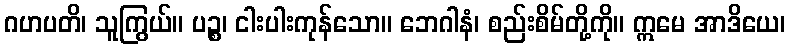
ဂဟပတိ၊ သူကြွယ်။ ပဉ္စ၊ ငါးပါးကုန်သော။ ဘေဂါနံ၊ စည်းစိမ်တို့ကို။ ဣမေ အာဒိယေ၊